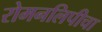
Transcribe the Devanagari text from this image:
रोमनलिपीचा